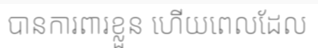
បានការពារខ្លួន ហើយពេលដែល